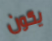
يكون